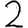
Digit: 2